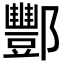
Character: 酆